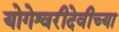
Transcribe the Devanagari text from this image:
योगेश्वरीदेवीच्या